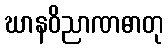
ဃာနဝိညာဏဓာတု